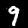
Label: 9